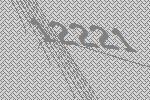
12221